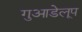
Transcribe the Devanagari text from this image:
गुआडेलूप